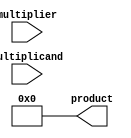
module booth_multiplier (
    input [31:0] multiplicand,
    input [31:0] multiplier,
    output reg [63:0] product
);

reg [31:0] a, s;
reg [1:0] count;

always @(multiplicand or multiplier) begin
    count <= 0;
    a <= {multiplicand, 32'h0}; // sign extend multiplicand to 64 bits
    s <= {multiplier, 32'h0}; // sign extend multiplier to 64 bits
    product <= 64'h0; // initialize product to zero
end

always @(*) begin
    if (count < 32) begin
        if (s[1:0] == 2'b01 || s[1:0] == 2'b10) begin
            product <= product + (a << count);
        end else if (s[1:0] == 2'b11 || s[1:0] == 2'b00) begin
            product <= product - (a << count);
        end
    end
    count <= count + 1;
end

endmodule